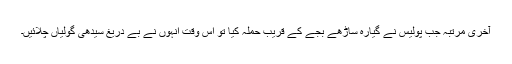
آخری مرتبہ جب پولیس نے گیارہ ساڑھے بجے کے قریب حملہ کیا تو اس وقت انہوں نے بے دریغ سیدھی گولیاں چلائیں۔